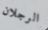
الرجلان